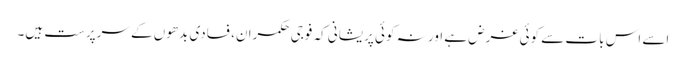
اسے اس بات سے کوئی غرض ہے اور نہ کوئی پریشانی کہ فوجی حکمران، فسادی بدھوں کے سرپرست ہیں۔